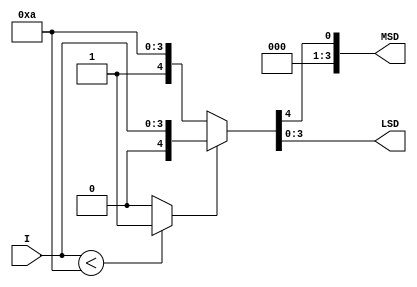
//here the input binary is 4 bits in nxt problem its 5 bits

module bin_to_BCD (I,MSD,LSD);
	input [3:0] I;
	output [3:0] MSD,LSD;
	
	wire [3:0] w1;
	wire w2;
	
	`ifdef SUBTRACT
		assign w1 = I-4'd10;
	`endif
	
	`ifdef ADD
		assign w1 = I+4'd6;
	`endif
	
	assign w2 = (I<10)?1:0;
	
	assign {MSD,LSD}= w2?{4'd0,I}:{4'd1,w1};
	
endmodule


module tb;
	reg [3:0]i;
	wire [3:0] msd,lsd;
	integer j;
	
	bin_to_BCD dut07_2(i,msd,lsd);
	
	initial begin
		`ifdef SUBTRACT
			$display ("subtract tick define is used");
		`endif
	
		`ifdef ADD
			$display ("add tick define is used");
		`endif
		for(j=0;j<=20;j=j+1) begin
			i=j;
			#1;
			$display ("i =%d : %b msd =%d lsd =%d",i,i,msd,lsd);
		end
	end
	
endmodule